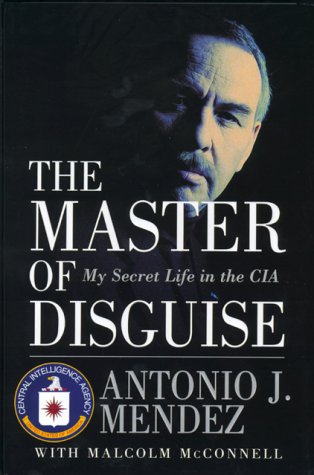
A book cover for The Master of Disguise: My Secret Life in the CIA; Antonio J. Mendez; History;